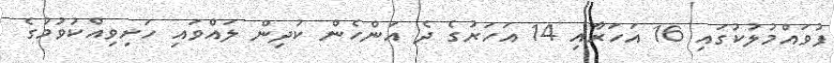
ފުވައްމުލުކުގައި 16 އަަހަރާއި 14 އަހަރުގެ ދެ އަންހެން ކުދިން ލައްވައި ހަށިވިއްކުވުމުގެ